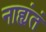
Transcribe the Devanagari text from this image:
नाह्यंतं